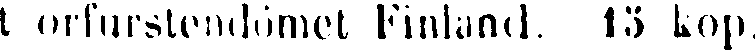
t orfurstendömet Finland, 13 kop.